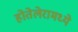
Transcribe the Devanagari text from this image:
होतेलेरामध्ये